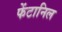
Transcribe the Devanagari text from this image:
फेंटानिल